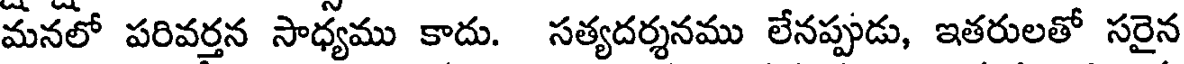
మనలో పరివర్తన సాధ్యము కాదు. సత్యదర్శనము లేనప్పుడు, ఇతరులతో సరైన